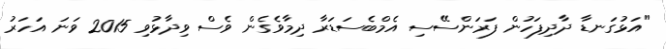
"އަޅުގަނޑާ ދާދިފަހުން ފަރަންސޭސި އެމްބެސަޑަރާ ދިމާވެގެން ވެސް ވިދާޅުވި 2015 ވަނަ އަހަރު